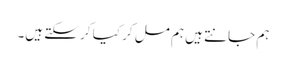
ہم جانتے ہیں ہم مل کر کیا کر سکتے ہیں۔